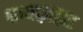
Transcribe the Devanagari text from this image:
थायाज़ाइड